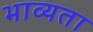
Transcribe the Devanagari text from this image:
भाव्‍यता